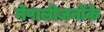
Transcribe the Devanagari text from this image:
नेपालीजनोंके